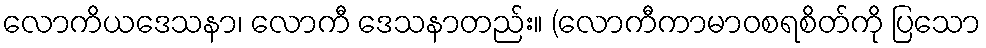
လောကိယဒေသနာ၊ လောကီ ဒေသနာတည်း။ (လောကီကာမာဝစရစိတ်ကို ပြသော